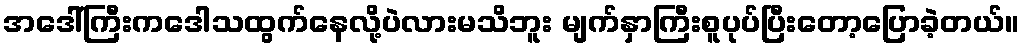
အဒေါ်ကြီးကဒေါသထွက်နေလို့ပဲလားမသိဘူး မျက်နှာကြီးစူပုပ်ပြီးတော့ပြောခဲ့တယ်။